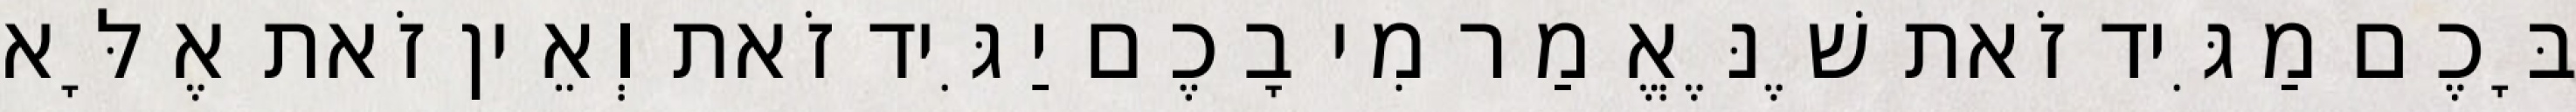
בָּכֶם מַגִּיד זֹאת שֶׁנֶּאֱמַר מִי בָכֶם יַגִּיד זֹאת וְאֵין זֹאת אֶלָּא